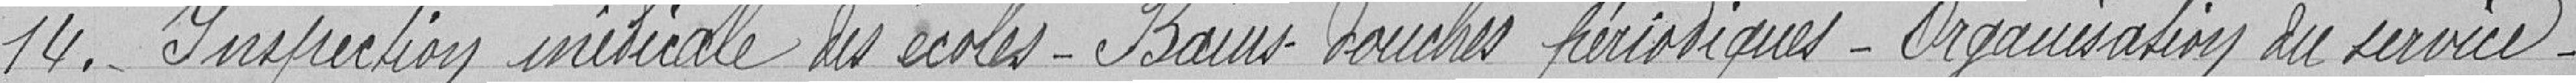
14. - Inspection initiale des écoles - Bains douches périodiques - Organisation du service -